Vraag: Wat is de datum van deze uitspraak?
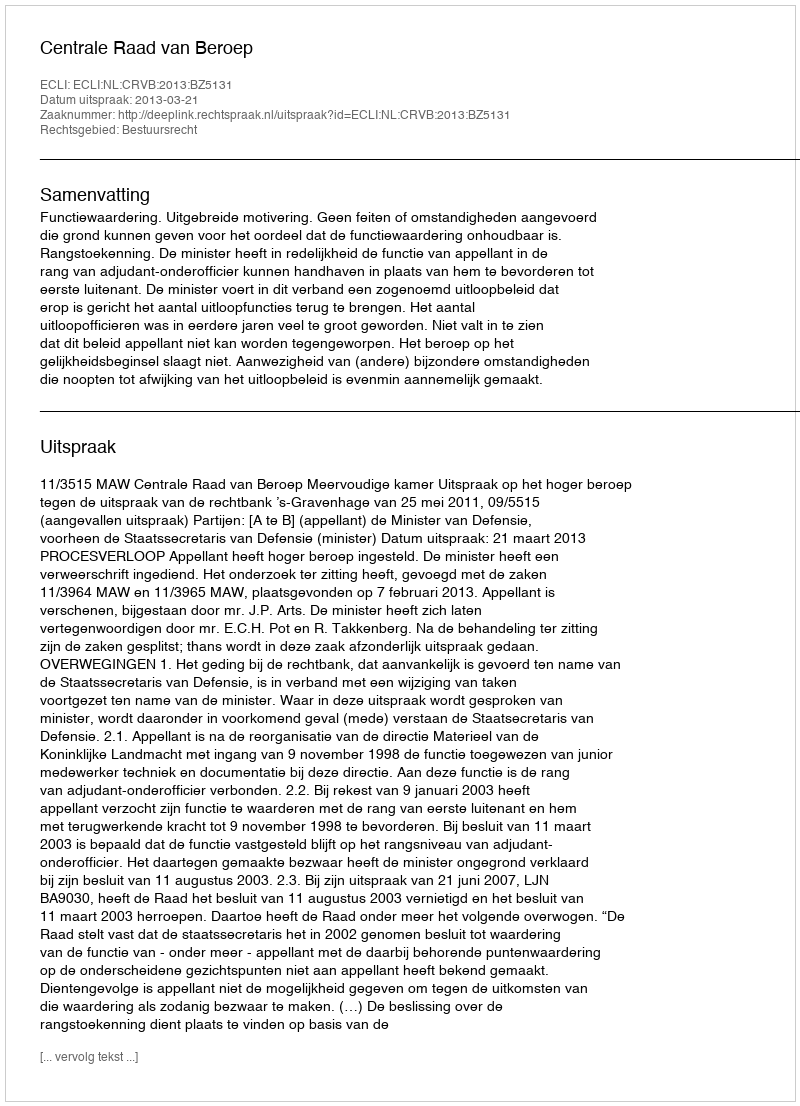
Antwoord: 2013-03-21